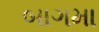
બાગમા